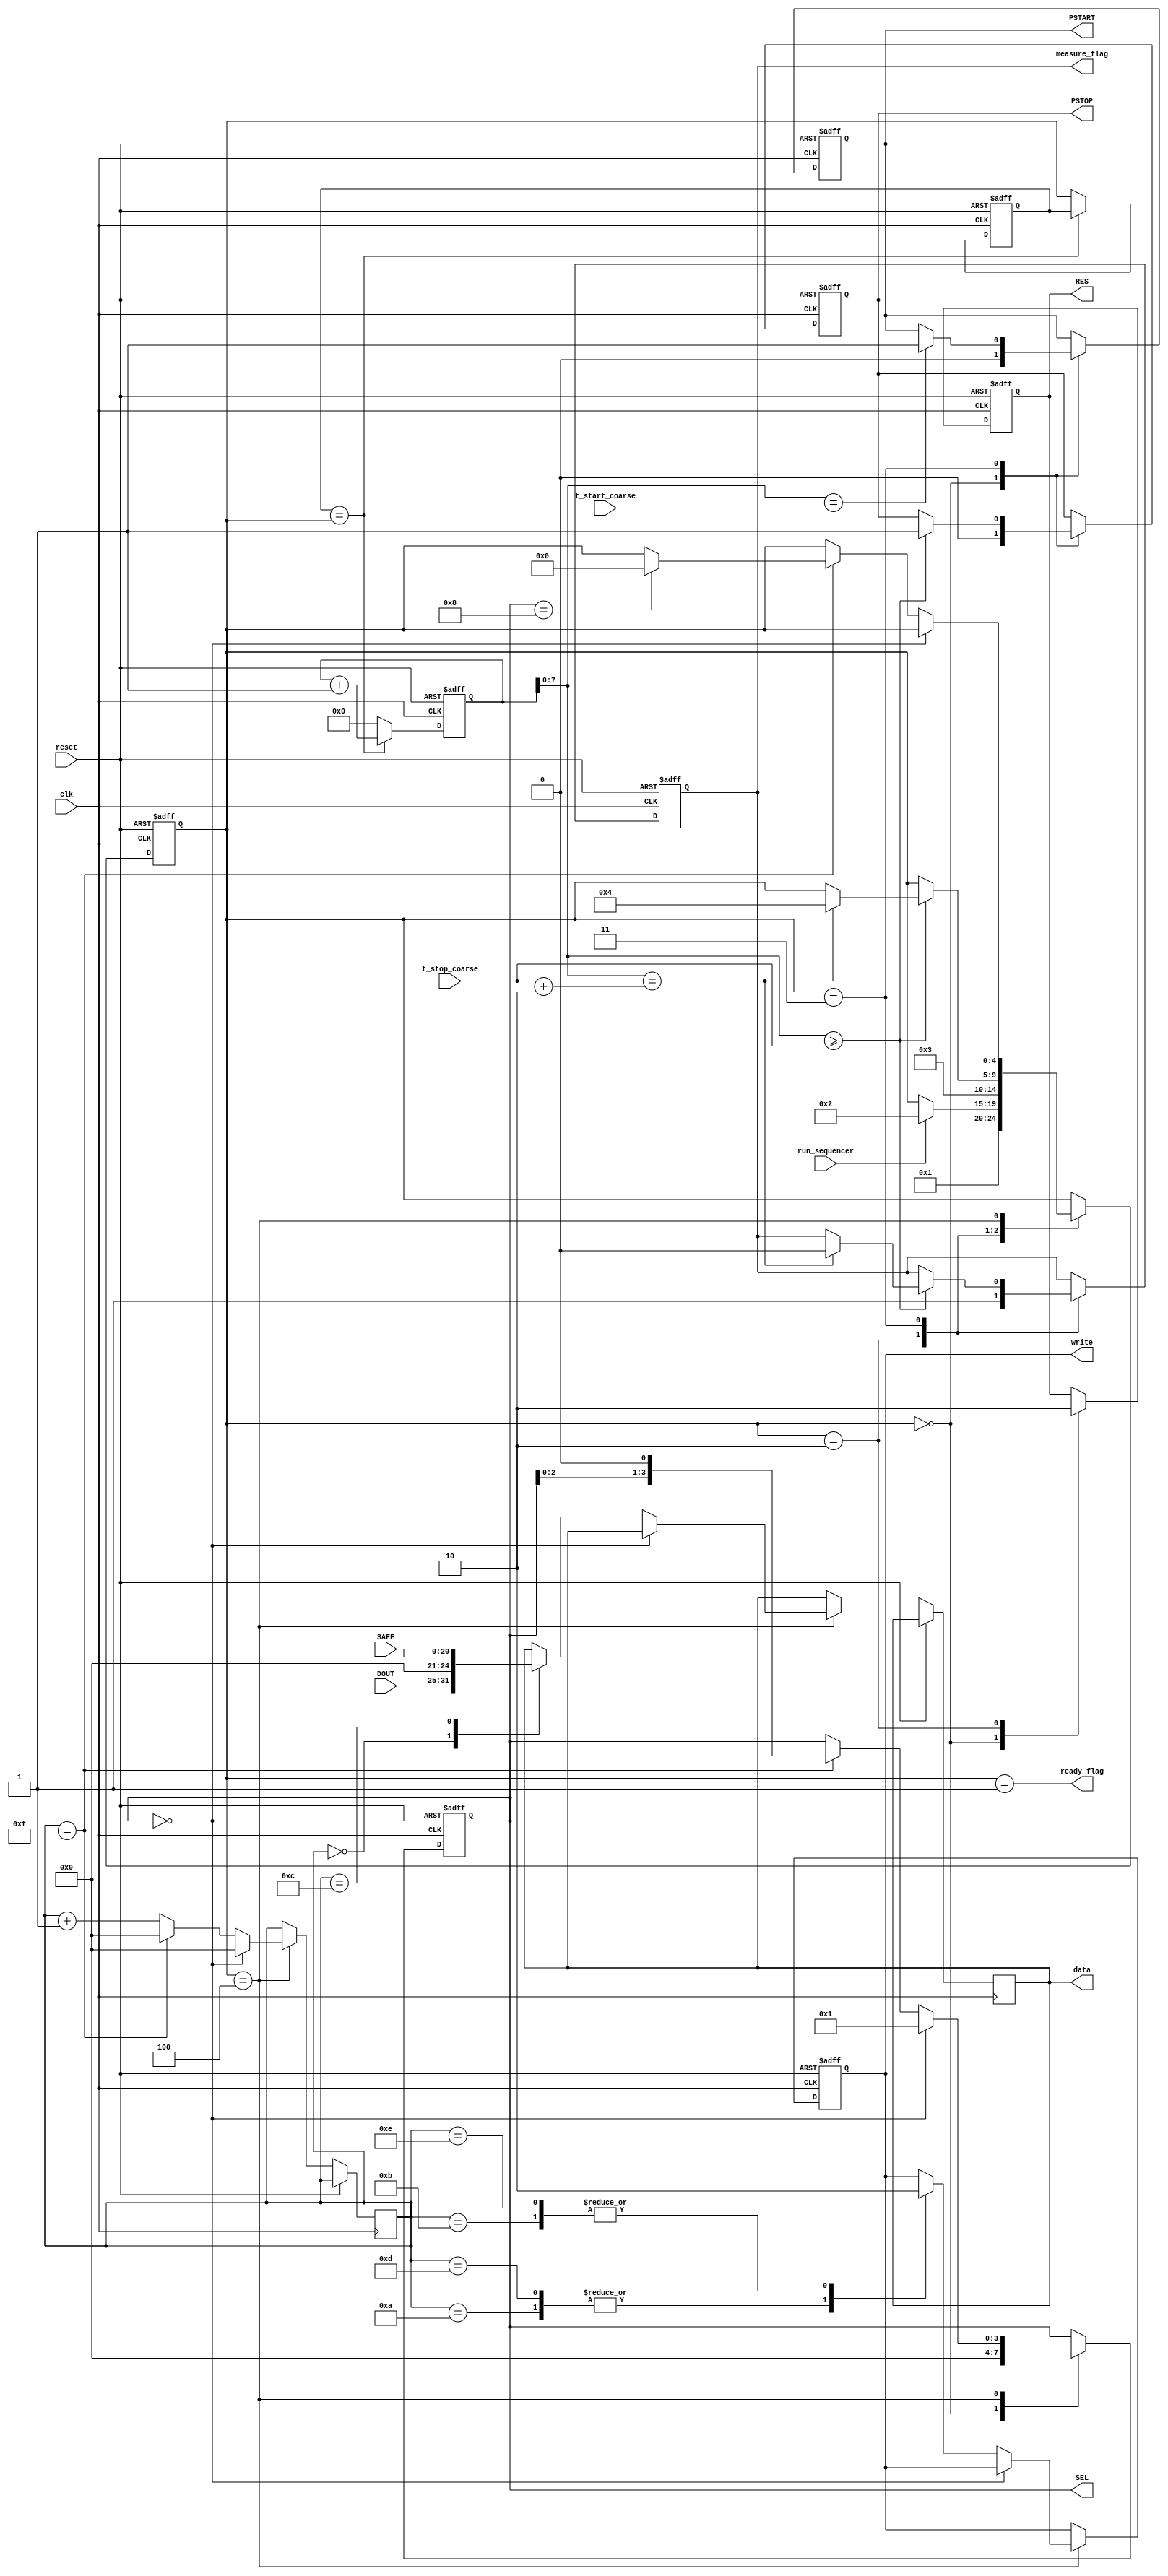
`timescale 1ns/1ps

module sequencer_for_TDC_V1_SW_28_10_19 (
	//-------------------------------------------------------------------//
	// This is the sequencer module to interface with the test structure //
	// that I am calling "TDC_V1_SW_28_10_19" which is the one produced  //
	// by S. Widerkehr that contains 4 TDC test structures.              //
	//-------------------------------------------------------------------//
	input clk,
	input reset,

	input run_sequencer, // Setting this to 1 starts the sequencer.
	input [7:0]t_start_coarse,
	input [7:0]t_stop_coarse,

	output ready_flag, // 1 means that the sequencer is ready to start a new run, 0 means it is not.
	output reg measure_flag, // This is what Beat called "measure".
	output reg write, // This tells the RAM memory when to write.
	output reg[15:0]data, // This sends the data to the RAM memory.

	// TDC_V1_SW_28_10_19 test structure ---//
	output reg [3:0]SEL,                    //
	output reg PSTART,                      //
	output reg PSTOP,                       //
	output reg RES,                         //
	input [6:0]DOUT,                        //
	input [20:0]SAFF                        //
	// -------------------------------------//
);
	// State machine states --------------------------------------//
	localparam SM_IDLE = 5'd0;                                    //
	localparam SM_WAIT_FOR_RUN_SIGNAL = 5'd1;                     //
	localparam SM_START_MEASURE_SEQUENCE = 5'd2;                  //
	localparam SM_MEASURE_SEQUENCE = 5'd3;                        //
	localparam SM_READOUT_SEQUENCE = 5'd4;                        //
	reg [4:0]current_state;                                       //
	reg [4:0]previous_state;                                      //
	wire state_did_not_change = previous_state == current_state;  //
	// -----------------------------------------------------------//
	
	reg [9:0]current_state_time_count; // This counts the number of clock cycles that the state machine has been in the "current_state" state. Each time the state changes, this will be reseted to 0.
	
	assign ready_flag = (current_state == SM_WAIT_FOR_RUN_SIGNAL);
	
	always @(posedge clk or posedge reset) begin
		if (reset) begin
			current_state <= SM_IDLE;
			previous_state <= SM_IDLE;
			current_state_time_count <= 9'd0;
			SEL <= 4'b0000;
			PSTART <= 1'b0;
			PSTOP <= 1'b0;
			RES <= 1'b1;
			measure_flag <= 1'b0;
			write <= 1'b0; end
		else begin // if NOT reset
			if (state_did_not_change) begin
				current_state_time_count <= current_state_time_count + 9'd1; end
			else begin
				previous_state <= current_state;
				current_state_time_count <= 9'd0; end
			case (current_state) // State machine machinery ---
				SM_IDLE: begin
					SEL <= 4'b0000;
					PSTART <= 1'b0;
					PSTOP <= 1'b0;
					RES <= 1'b1;
					current_state <= SM_WAIT_FOR_RUN_SIGNAL; end
				SM_WAIT_FOR_RUN_SIGNAL: begin
					if (run_sequencer) current_state <= SM_START_MEASURE_SEQUENCE; end
				SM_START_MEASURE_SEQUENCE: begin
					measure_flag <= 1'b1;
					RES <= 0; // Remove the "reset" signal from the test structure.
					current_state <= SM_MEASURE_SEQUENCE; end
				SM_MEASURE_SEQUENCE: begin: measure_sequence
					if (current_state_time_count[7:0] == t_start_coarse)
						PSTART <= 1;
					if (current_state_time_count[7:0] >= t_stop_coarse) begin
						PSTOP <= 1;
						if (current_state_time_count[7:0] == t_stop_coarse + 2) begin // Finish the measure sequence. I am waiting some time (i.e. t_stop_coarse + something) so any transient in the test structure finishes. The sime scale in the test structure is in the order of pico seconds so a few number of clock cycles here (order nano second) should be enough.
							current_state <= SM_READOUT_SEQUENCE;
							measure_flag <= 1'b0; end/*if*/ end end/*measure_sequence*/
				SM_READOUT_SEQUENCE: begin: readout_mechanism
					reg [3:0]write_counter; // This counter is used to write the many bytes from each TDC into the memory.
					if (SEL == 4'b0000) begin
						SEL <= 4'b0001;
						write_counter <= 4'd0; end
					else begin
						write_counter <= write_counter + 3'd1;
						case (write_counter)
							0: data[15:0] <= {DOUT[6:0], 4'd0, SAFF[20:16]}; // This will be written to the memory in the base board module.
							10: write <= 1'b1; // This will tell the memory block in the base board to write the data.
							11: write <= 1'b0; // Disable writing.
							12: data[15:0] <= SAFF[15:0]; // Select the remaining data.
							13: write <= 1'b1; // Write to the memory.
							14: write <= 1'b0;
							15: begin
								SEL <= {SEL<<1}; // Move to the next TDC structure.
								write_counter <= 3'd0; // Reset the write counter so for the next TDC structure we repeat the cycle again.
								if (SEL == 4'b1000) // If we are in the last test structure...
									current_state <= SM_IDLE; // When the last TDC was read, we have finished.
								end
							endcase
						end
					end
				endcase
			end
		end
	endmodule